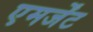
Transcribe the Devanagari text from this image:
एमर्जेंट